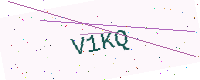
Text: V1KQ